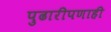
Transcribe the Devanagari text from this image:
पुढारीपणाही